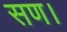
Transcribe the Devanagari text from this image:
सण।